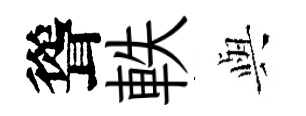
聳軼𫤰